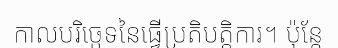
កាលបរិច្ឆេទនៃធ្វើប្រតិបត្តិការ។ ប៉ុន្តែ